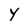
Character: Y